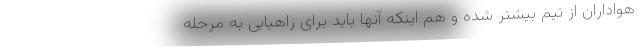
هواداران از تیم بیشتر شده و هم اینکه آنها باید برای راهیابی به مرحله